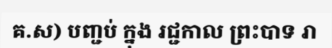
គ.ស) បញ្ជប់ ក្នុង រជ្ជកាល ព្រះបាទ រា